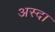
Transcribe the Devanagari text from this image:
अस्दा